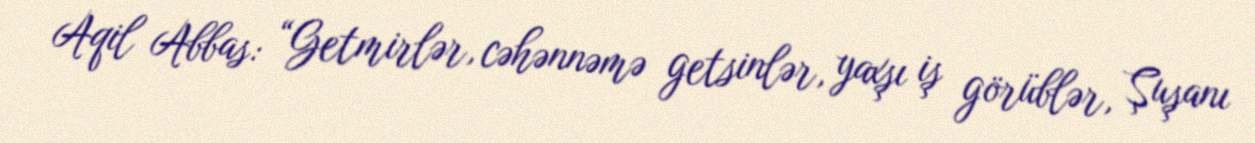
Aqil Abbas: “Getmirlər, cəhənnəmə getsinlər, yaxşı iş görüblər, Şuşanı